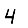
Digit: 4